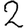
Digit: 2